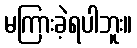
မကြားခဲ့ရပါဘူး။